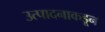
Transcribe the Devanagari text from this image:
उत्पादनाकडून